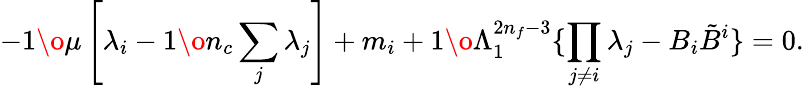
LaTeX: -{1\o\mu}\left[\lambda_{i}-{1\o n_{c}}\sum_{j}\lambda_{j}\right]+m_{i}+{1\o\Lambda_{1}^{2n_{f}-3}}\{ \prod_{j\ne i}\lambda_{j}-B_{i}{\tilde{B}}^{i}\} =0.